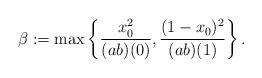
LaTeX: \begin{align*}\beta:=\max\left\{\displaystyle\frac{x_0^2}{(ab)(0)},\displaystyle\frac{(1-x_0)^2}{(ab)(1)}\right\}.\end{align*}